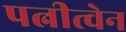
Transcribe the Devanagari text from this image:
पत्नीत्वेन